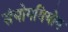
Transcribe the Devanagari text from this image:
संयोगवियोग